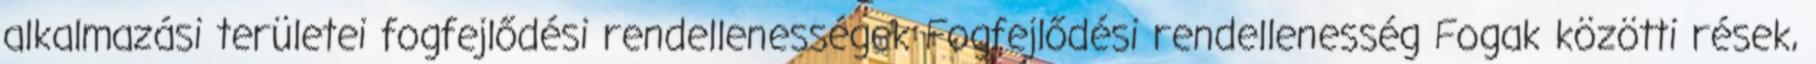
alkalmazási területei fogfejlődési rendellenességek Fogfejlődési rendellenesség Fogak közötti rések,